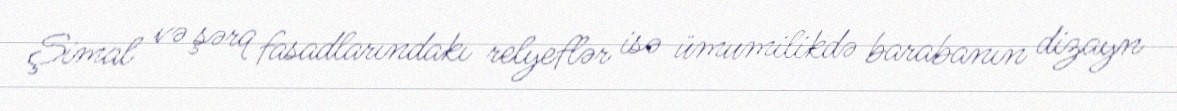
Şimal və şərq fasadlarındakı relyeflər isə ümumilikdə barabanın dizayn